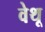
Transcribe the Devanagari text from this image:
वेथू